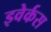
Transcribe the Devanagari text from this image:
इवेर्कस